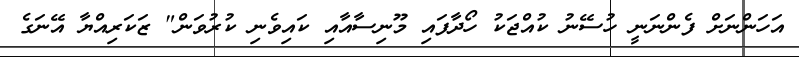
އަހަންނަށް ފެންނަނީ ހުސޭނު ކުއްޖަކު ހޯދާފައި މޫނިސާއާއި ކައިވެނި ކުރުވަން" ޒަކަރިއްޔާ އޭނަގެ